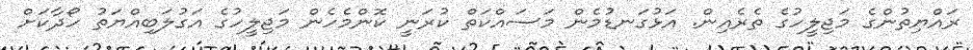
ރައްޔިތުންގެ މަޖިލީހުގެ ތެރެއިން. އަޅުގަނޑުމެން މަސައްކަތް ކުރަނީ ކޮންމެހެން މަޖިލީހުގެ އަގުލަބިއްޔަތު ހޯދާކަށް